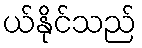
ယ်နိုင်သည်